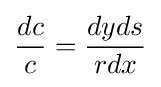
{\frac {dc}{c}}={\frac {dyds}{rdx}}